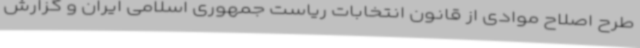
طرح اصلاح موادی از قانون انتخابات ریاست جمهوری اسلامی ایران و گزارش